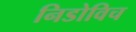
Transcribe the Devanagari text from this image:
निडोविच